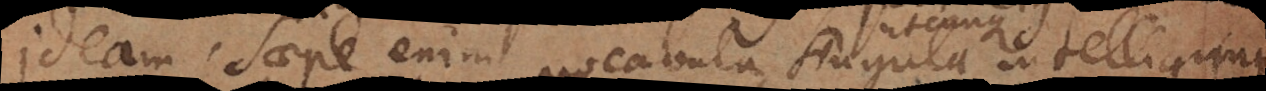
ideam. Saepe enim vocabula singula intell